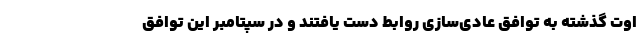
اوت گذشته به توافق عادی‌سازی روابط دست یافتند و در سپتامبر این توافق